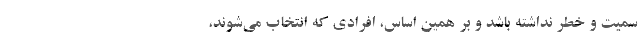
سمیّت و خطر نداشته باشد و بر همین اساس، افرادی که انتخاب می‌شوند،